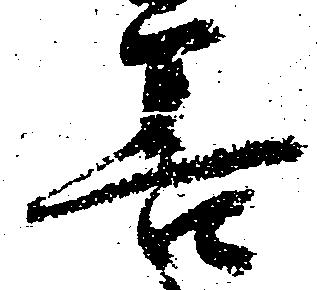
善